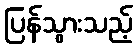
ပြန်သွားသည့်